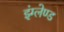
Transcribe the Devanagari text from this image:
इंग्लेण्ड